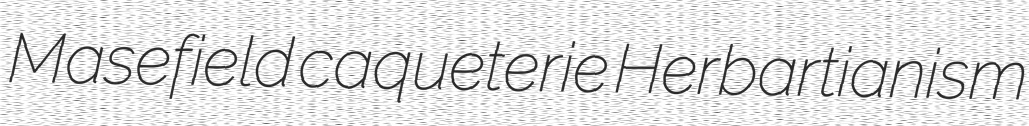
Masefield caqueterie Herbartianism